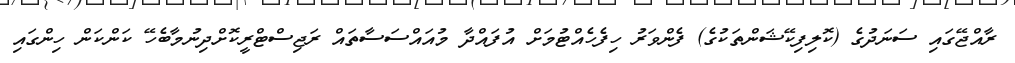
ރާއްޖޭގައި ސަނަދުގެ (ކޮލިފިކޭޝަންތަކުގެ) ފެންވަރު ހިފެހެއްޓުމަށް އުފައްދާ މުއައްސަސާތައް ރަޖިސްޓްރީކޮށްދިނުމާބެހޭ ކަންކަން ހިންގައި